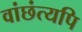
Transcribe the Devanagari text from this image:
वांछंत्यपि